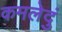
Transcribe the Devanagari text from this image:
कमलेदुं